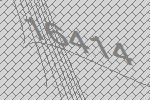
16414